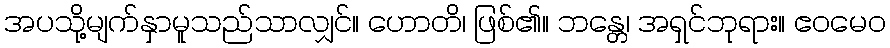
အပသို့မျက်နှာမူသည်သာလျှင်။ ဟောတိ၊ ဖြစ်၏။ ဘန္တေ၊ အရှင်ဘုရား။ ဧဝမေဝ